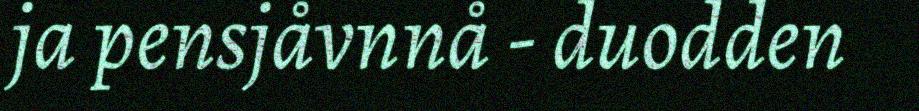
ja pensjåvnnå - duodden